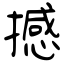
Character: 撼